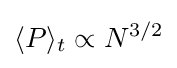
\langle P\rangle _{t}\propto N^{3/2}